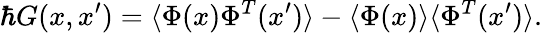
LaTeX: \hbar G(x,x^{\prime})=\langle\Phi(x)\Phi^{T}(x^{\prime})\rangle-\langle\Phi(x)\rangle\langle\Phi^{T}(x^{\prime})\rangle.